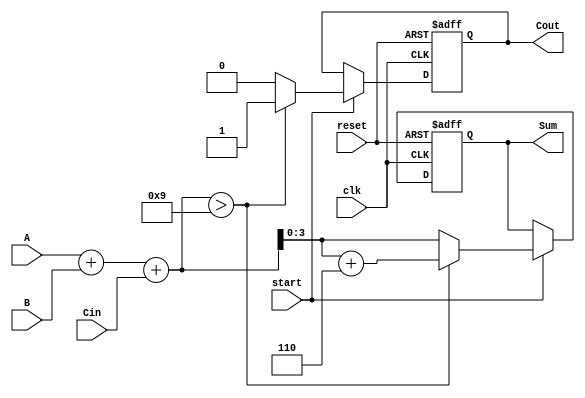
module BCD_Sequential_Adder (
    input wire clk,          // Clock signal
    input wire reset,        // Reset signal
    input wire start,        // Start signal for addition
    input wire [3:0] A,      // First BCD input
    input wire [3:0] B,      // Second BCD input
    input wire Cin,          // Carry input
    output reg [3:0] Sum,    // BCD sum output
    output reg Cout          // Carry output
);

    reg [4:0] Temp;          // Intermediate result (5 bits)

    always @(posedge clk or posedge reset) begin
        if (reset) begin
            Sum <= 4'b0000;  // Clear sum on reset
            Cout <= 1'b0;    // Clear carry on reset
        end else if (start) begin
            // Step 1: Perform binary addition
            Temp = A + B + Cin;

            // Step 2: Check if adjustment is needed for BCD
            if (Temp > 9) begin
                Temp = Temp + 5'b00110; // Add 6 (0110) for BCD adjustment
                Cout <= 1'b1;            // Set carry out
            end else begin
                Cout <= 1'b0;            // No carry out
            end

            // Assign the lower 4 bits to Sum
            Sum <= Temp[3:0];
        end
    end

endmodule